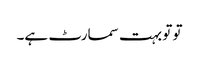
تو تو بہت سمارٹ ہے۔